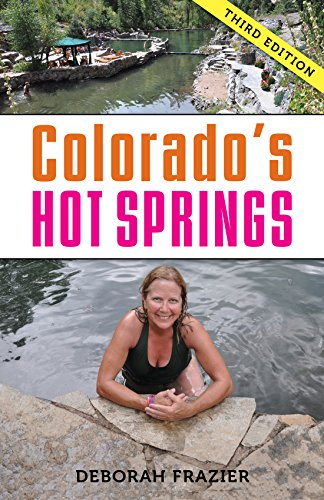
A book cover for Colorado's Hot Springs (The Pruett Series); Deborah Frazier; Travel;